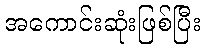
အကောင်းဆုံးဖြစ်ပြီး